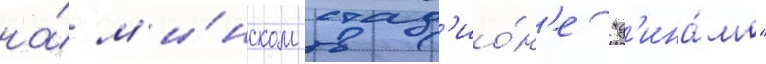
на́ м'и́нском стад'ио́н'е "д'ина́мо"